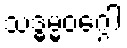
သဒ္ဓမ္မဝဂ္ဂေါ